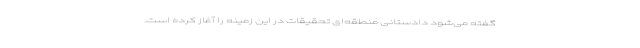
گفته می‌شود دادستانی منطقه‌ای تحقیقات در این زمینه را آغاز کرده است.